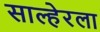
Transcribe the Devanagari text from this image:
साल्हेरला